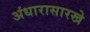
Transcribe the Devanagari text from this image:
अंधारासारखे